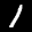
Label: 1